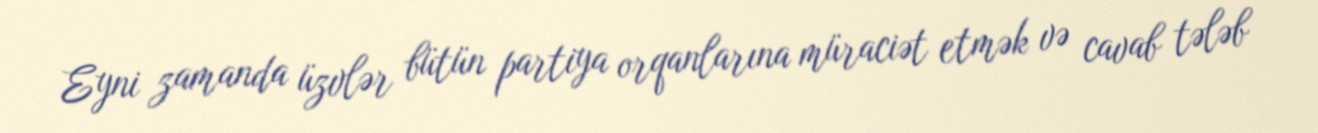
Eyni zamanda üzvlər bütün partiya orqanlarına müraciət etmək və cavab tələb